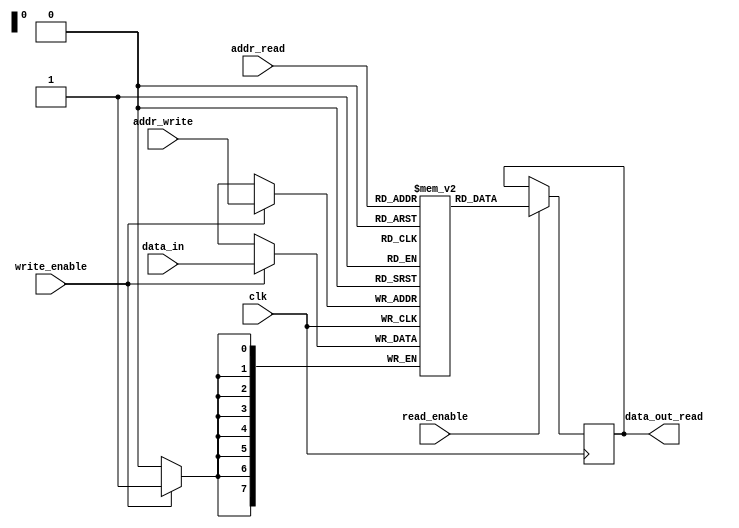
module dual_port_ram (
    input wire clk,
    input wire [7:0] addr_read,
    input wire [7:0] addr_write,
    input wire [7:0] data_in,
    input wire write_enable,
    input wire read_enable,
    output reg [7:0] data_out_read
);

reg [7:0] mem [255:0];

always @(posedge clk) begin
    if(write_enable) begin
        mem[addr_write] <= data_in;
    end
end

always @(posedge clk) begin
    if(read_enable) begin
        data_out_read <= mem[addr_read];
    end
end

endmodule